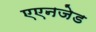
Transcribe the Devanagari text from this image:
एएनजेड